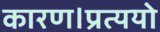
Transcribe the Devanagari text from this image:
कारण।प्रत्ययो